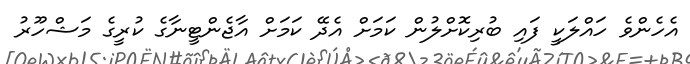
އެހެންވެ ހައްލަކީ ފައި ބުރިކޮށްލުން ކަމަށް އެދޭ ކަމަށް އާޖެންޓީނާގެ ކުރީގެ މަޝްހޫރު